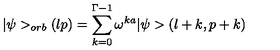
\vert \psi > _ { o r b } ( l p ) = \sum _ { k = 0 } ^ { \Gamma - 1 } \omega ^ { k a } \vert \psi > ( l + k , p + k )